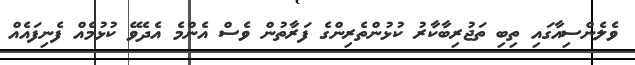
ވެލެންސިއާގައި ތިބި ތަޖުރިބާކާރު ކުޅުންތެރިންގެ ފަރާތުން ވެސް އެންމެ އެދެވޭ ކުޅުމެއް ފެނިފައެއް